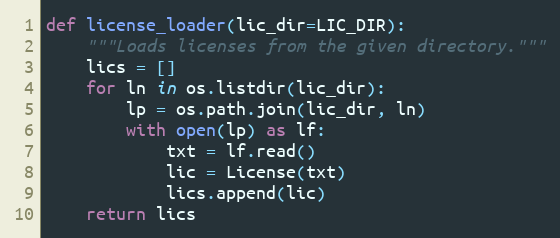
Language: Python
def license_loader(lic_dir=LIC_DIR):
    """Loads licenses from the given directory."""
    lics = []
    for ln in os.listdir(lic_dir):
        lp = os.path.join(lic_dir, ln)
        with open(lp) as lf:
            txt = lf.read()
            lic = License(txt)
            lics.append(lic)
    return lics